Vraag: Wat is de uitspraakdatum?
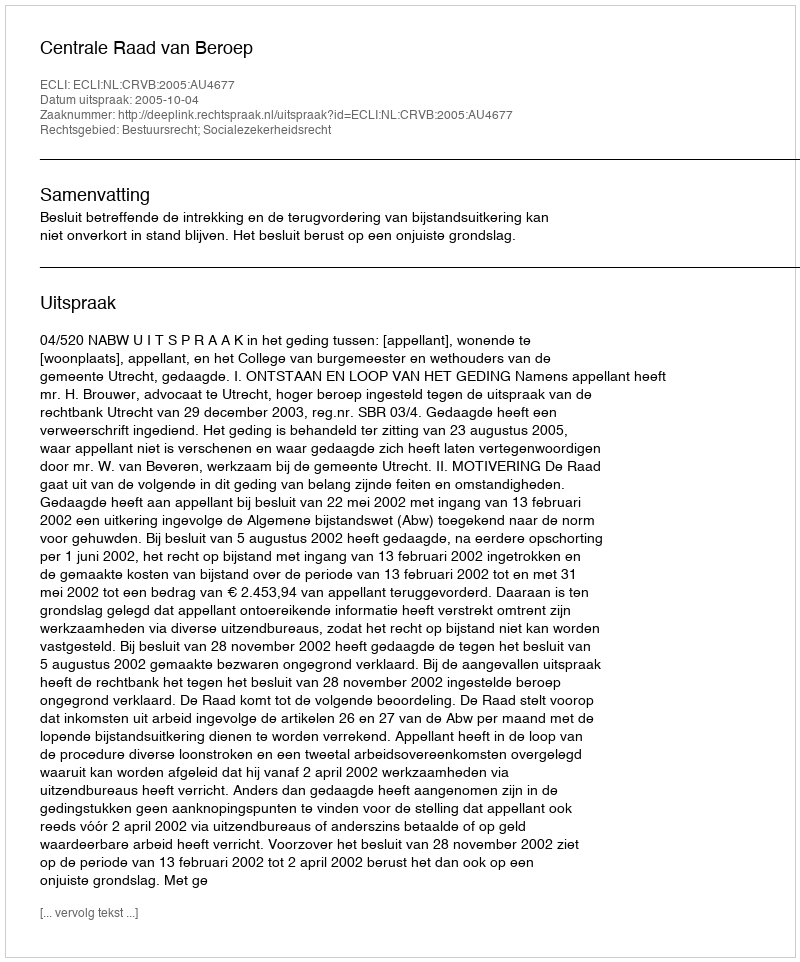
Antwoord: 2005-10-04